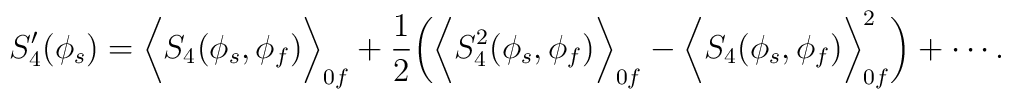
S_4^{\prime}(\phi_s)=\biggl<S_4(\phi_s,\phi_f)\biggr>_{0f}+\frac{1}{2}\biggl(\biggl<S_4^2(\phi_s,\phi_f)\biggr>_{0f}-\biggl<S_4(\phi_s,\phi_f)\biggr>^2_{0f}\biggr)+\cdots .